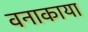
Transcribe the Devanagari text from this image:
वनाकाया